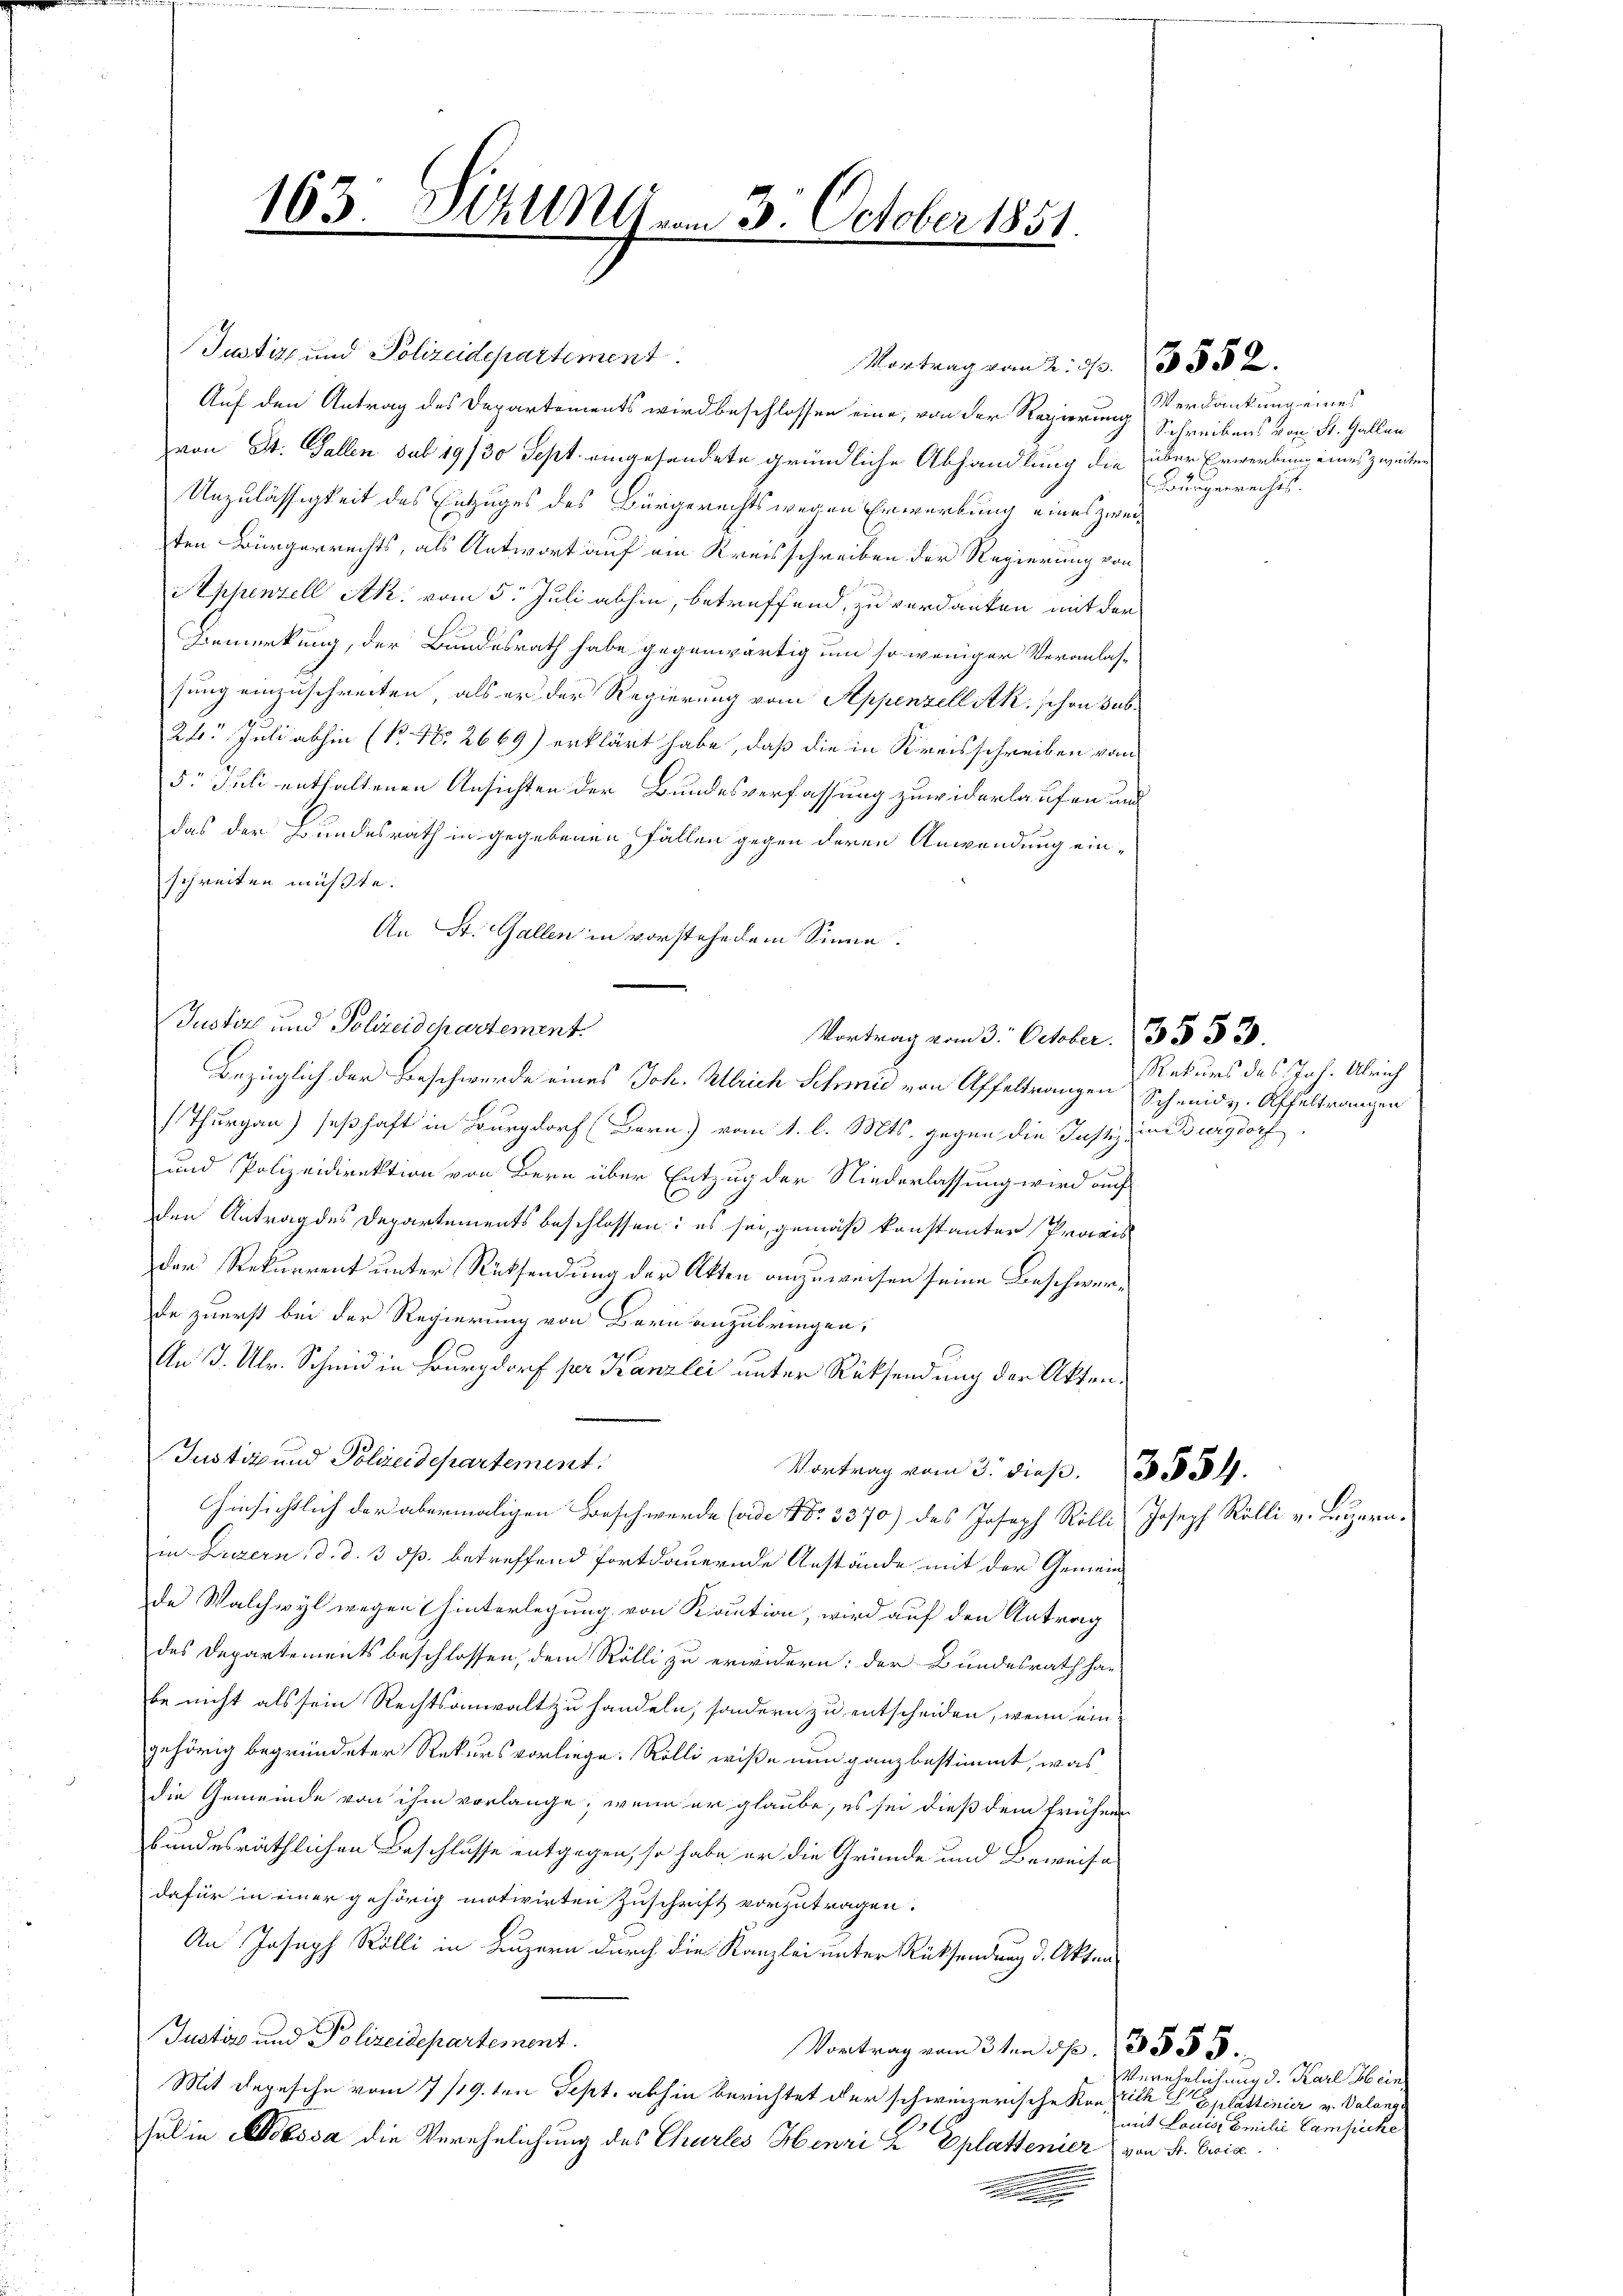
163. Stalln vom 3. October 1851.

Justiz und Polizeidepartement
Auf den Antrag des Departements wird beschlossen eine, von der Regierung Schreibens von St. Gallen
von St. Gallen sub 19/30 Sept. eingesandete gründliche Abhandlung die
Unzulässigkeit des Entzuges des Bürgerechts wegen Erwerbung eines zweiten Bürgerrechts, als Antwort auf am Kreisschreiben der Regierung von
Appenzell Ak. vom 5. Juli abhin, betreffend, zu verdanken mit der
Bemerkung, der Bundesrath habe gegenwärtig um so weniger Veranlas-
sung einzuschreiten, als er der Regierung vom Appenzell Ak. schon sub¬
24. Juli abhin (P No 2669) erklärt habe, daß die in Kreisschreiben vom
5. Juli enthaltenen Ansichten der Bundesverfassung zuwiderlaufen und
das der Bundesrath in gegebenen Fällen gegen deren Anwendung einschreiten müßte.
An St. Gallen in vorstehedem Sinne.
Justers und Polizeidepartement.
Thurgau) seßhaft in Burgdorf (Bern) vom 1. l. Mts. gegen die Justiz in Burgdorf,
und Polizeidirektion von Bern über Entzug der Niederlassung wird auf
den Antrag des Departements beschlossen: es sei, gemäß konstanter Praxis
der Rekurrent unter Rücksendung der Akten anzuweisen seine Beschwerde zuerst bei der Regierung von Bern anzubringen,
An J. Ulr. Schmid in Burgdorf per Kanzlei unter Rücksendung der Akten.
Justiz und Polizeidepartement.
Vortrag vom 3. dieß. 3354.
Hinsichtlich der abermaligen Beschwerde (ade Nr. 3370) des Joseph Rölli, Joseph Rölli v. Luzern.
in Luzern, d. d. 3 p. betreffend fortdauernde Anstände mit der Gemeinde Walchwyl wegen hinterlegung von Kaution, wird auf den Antrag
des Departements beschlossen, dem Rölli zu erwidern; der Bundesrath ha-
be nicht als sein Rechtsanwalt zu handeln, sondern zu entscheiden, wenn ein
gehörig begründeter Rekursvorliege. Rölli wiße nun ganz bestimmt, was
die Gemeinde von ihm vorlange, wenn er glaube, es sei dieß dem frühen
bundesräthlichen Beschlusse entgegen, so habe er die Gründe und Beweise
dafür in einer gehörig motivirten Zuschrift vorzutragen.
An Joseph Rölli in Luzern durch die Kanzlei unter Rücksendung d. Akten
Justiz und Polizeidepartement.
Vortrag vom 3te͇n 5 p. 3555.
Mit Depesche vom 7/19. ten Sept. abhin berichtet der schweizerische Kon rich Explattinier v. Valange
sul in Abssa die Verehelichung des Chartes Henri L Eplattenier von Sr. Ercia
.

Vortrag vom 2. 33.

Vortrag vom 3. October.    33
Bezüglich der Beschwerde eines Joh. Ulrich Schmid von Affeltrangen Schmidv-Affeltrangen

Verdankung eines
über Erwerbung eines zweiten
Brurgerrechts.

5552.

Rekurs des Joh. Ulrich

Verehelichung d. Karl Hein
mit Louis Emilii Campicke